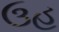
ઉહ